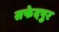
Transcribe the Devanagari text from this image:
सफेदपुर